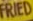
FRIED